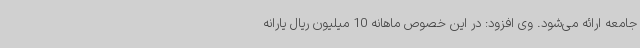
جامعه ارائه می‌شود. وی افزود: در این خصوص ماهانه 10 میلیون ریال یارانه